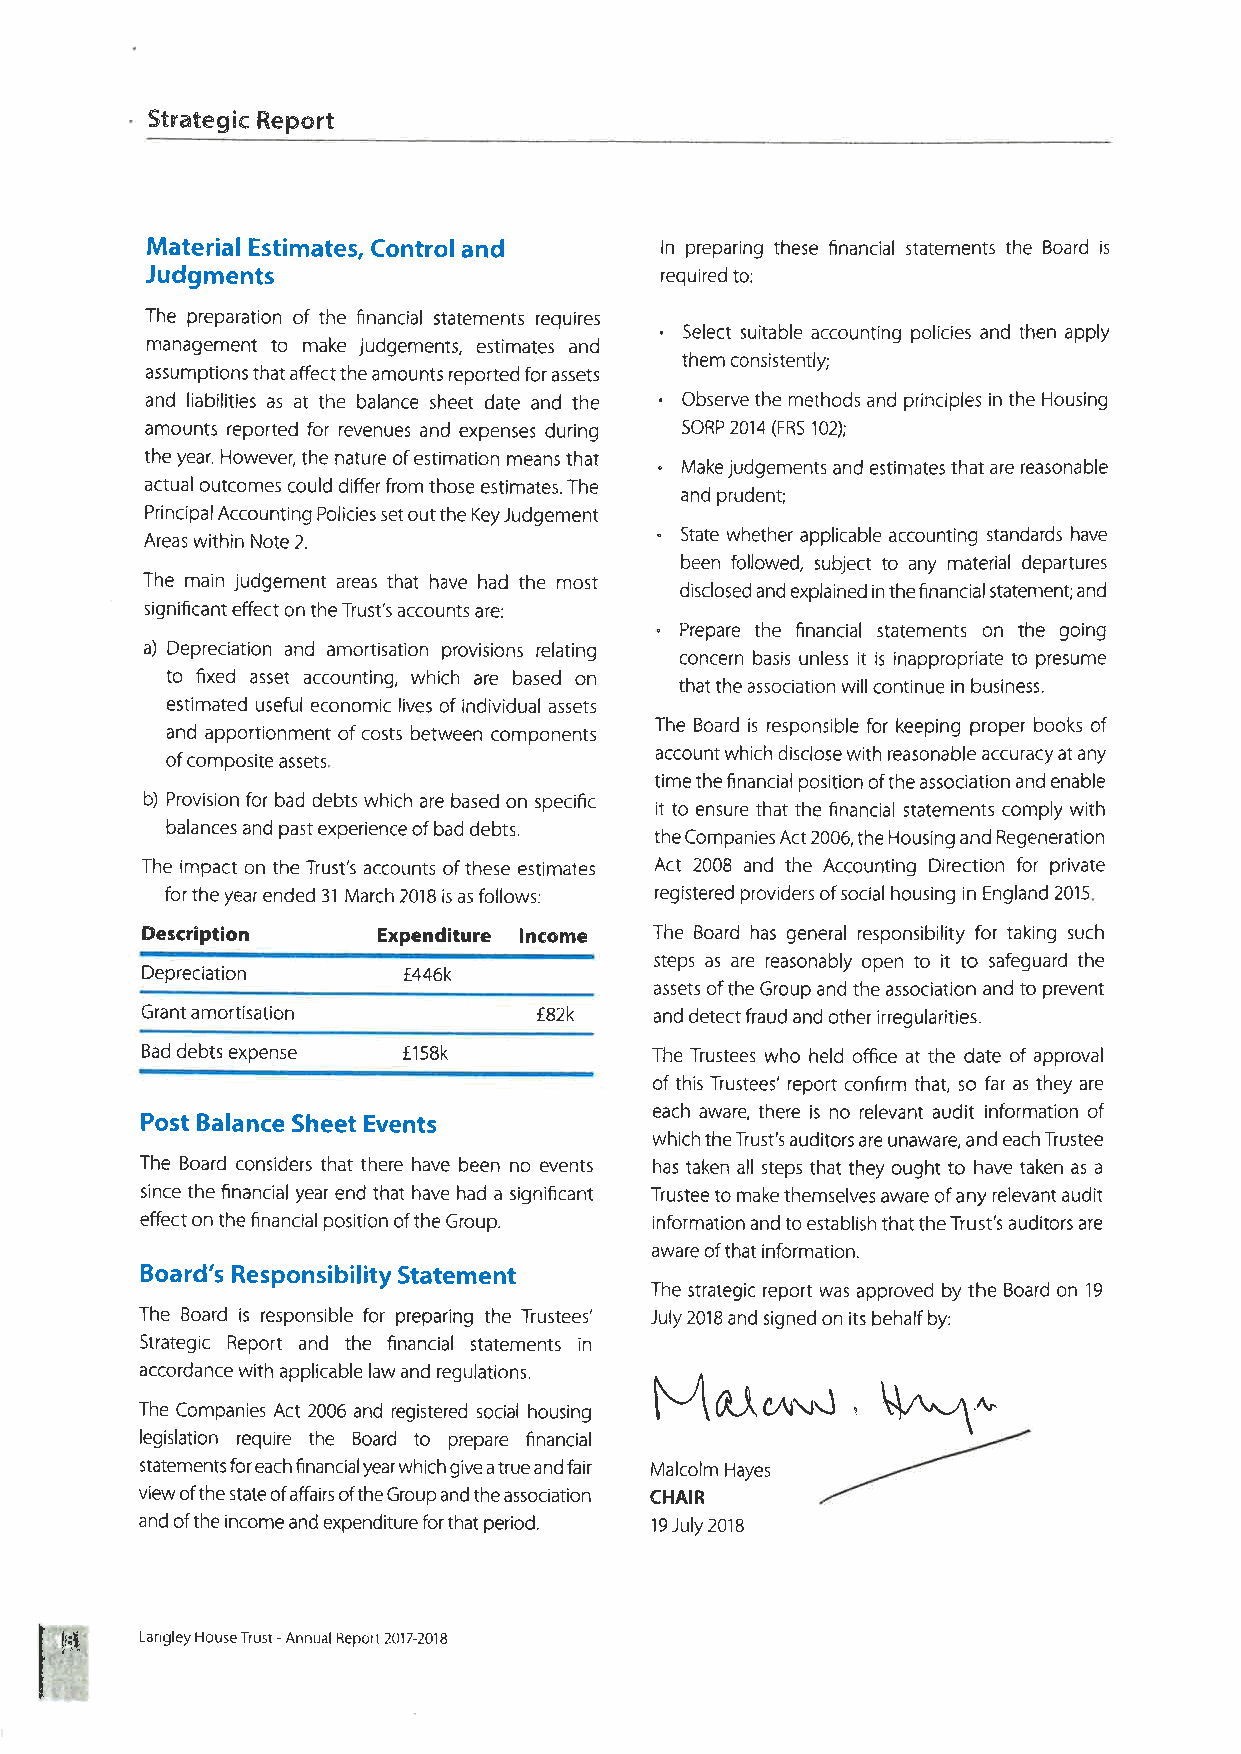
Stnategie Report
 Material Estimates, Control and   ln preparing these financial statements the Bo¿rd is
 Judgments                         required to:
 The preparation of the ñnancial statements requires .
 management to make judgements, estimates and Select suitable accounting policies and then apply
 them consistently;
 assumptions that affect the amounts reported for assets
 .
 and liabilities as at the balance sheet date and the Observe the methods and principles in the Housing
 amounts reported for revenues and expenses during SORP 2014 (FRS 102);
 the year. However, the nature of estimation means that . Make judgements and estimates that are reasonable
 actual outcomes could differ from those estimates. The
 and prudent;
 Principal Accounting Policies set out the Key Judgement .
 Areas within Note 2.               State whether applicable accounting standards have
 been followed, subject to any material departures
 The main judgement areas that have had the most
 disclosed and explained in the financial statement; and
 significant effect on the Trust's accounts are:
 " Prepare the financial statements on rhe going
 a) Depreciation and amortisation provisions relating concern basis unless it is inappropriate to presume
 to fixed asset accounting, which are based on
 that the association will continue in business.
 estimated useful economic lives of individual assets
 and apportionment of costs between components The Board is responsible for keeping proper books of
 of composite assets.            account which disclose with reasonable accuracy at any
 time the financial position of the association and enable
 b) Provision for bad debts which are based on specific it to ensure that the financial statements comply with
 balances and past experience of bad debts.
 the Companies Act 2006, the Housing and Regeneration
 The impact on the Trust's accounts of these estimates Act 2008 and the Accounting Direction for private
 for the year ended 3l March 20,18 is as follows: registered providers of social housing in England 2015.
 Description
 Expenditure Income The Board has general responsibility for taking such
 steps as are reasonably open to it to safeguard the
 Depreciation      f446k
 assets of the Group and the association and to prevent
 Grant amortisation         f82k   and detect fraud and other irregularities.
 Bad debts expense f1s8k           The Trustees who held offce at the date of approval
 of this Trustees' report confirm that, so far as they are
 each aware, there is no relevant audit information of
 Post Balance Sheet Events
 which the Trust's auditors are unaware, and each Trustee
 The Board considers that there have been no events has taken all steps that they ought to have taken as a
 since the financial year end that have had a significant Trustee to make themselves aware of any relevant audit
 effect on the financial position of the Group. information and to establish that the Trust's auditors are
 aware of that information.
 Board's Responsibility Statement
 The strategic report was approved by the Board on 19
 The Board is responsible for preparing the Trustees' July 2018 and signed on its behalf by:
 Strategic Report and the financial statements in
 accordance with applicable law and regulations.
 , V.^1t
 Mû.,t,c¡ru.-1
 The Companies Act 2006 and registered social housing
 legislation require the Board to prepare financial
 statements for each financial year which give a true and fair Malcolm Hayes
 view of the state of affairs of the Group and the association CHAIR
 and of the income and expenditure for that period. 19 July 2018
 .ftl  Langley House Trust - Annual Report 20'i7-2018